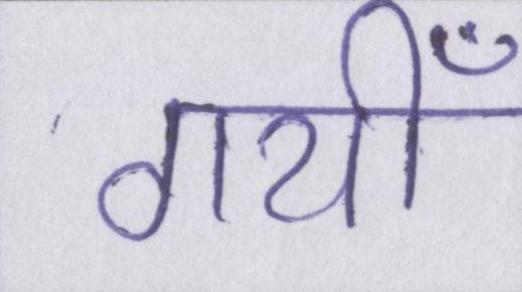
गयीँ